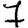
Digit: 7